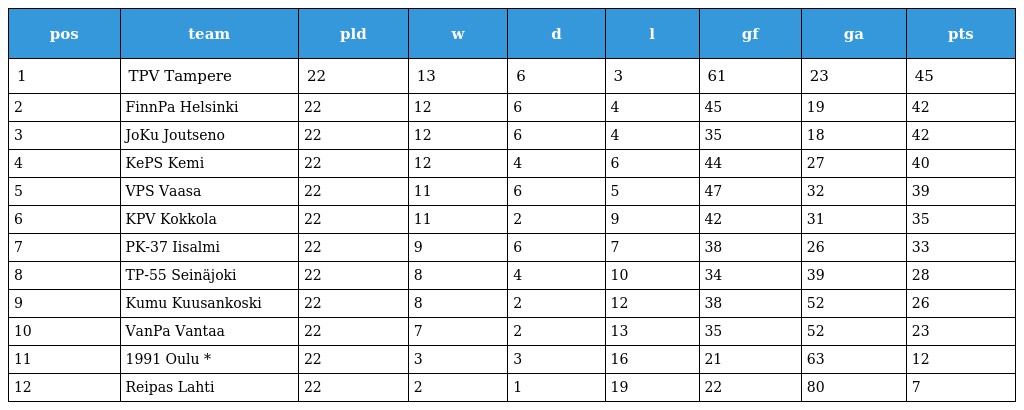
| pos | team | pld | w | d | l | gf | ga | pts |
 | --- | --- | --- | --- | --- | --- | --- | --- | --- |
 | 1 | TPV Tampere | 22 | 13 | 6 | 3 | 61 | 23 | 45 |
 | 2 | FinnPa Helsinki | 22 | 12 | 6 | 4 | 45 | 19 | 42 |
 | 3 | JoKu Joutseno | 22 | 12 | 6 | 4 | 35 | 18 | 42 |
 | 4 | KePS Kemi | 22 | 12 | 4 | 6 | 44 | 27 | 40 |
 | 5 | VPS Vaasa | 22 | 11 | 6 | 5 | 47 | 32 | 39 |
 | 6 | KPV Kokkola | 22 | 11 | 2 | 9 | 42 | 31 | 35 |
 | 7 | PK-37 Iisalmi | 22 | 9 | 6 | 7 | 38 | 26 | 33 |
 | 8 | TP-55 Seinäjoki | 22 | 8 | 4 | 10 | 34 | 39 | 28 |
 | 9 | Kumu Kuusankoski | 22 | 8 | 2 | 12 | 38 | 52 | 26 |
 | 10 | VanPa Vantaa | 22 | 7 | 2 | 13 | 35 | 52 | 23 |
 | 11 | 1991 Oulu * | 22 | 3 | 3 | 16 | 21 | 63 | 12 |
 | 12 | Reipas Lahti | 22 | 2 | 1 | 19 | 22 | 80 | 7 |